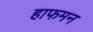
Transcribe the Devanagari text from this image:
हाफमन